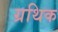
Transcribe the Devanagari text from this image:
ग्रथिक